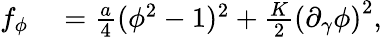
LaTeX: \begin{array}{rl}{f_{\phi}}&{{}=\frac{a}{4}(\phi^{2}-1)^{2}+\frac{K}{2}\left(\partial_{\gamma}\phi\right)^{2},}\end{array}